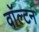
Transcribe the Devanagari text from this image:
वाॅल्टन